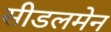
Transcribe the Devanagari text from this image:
सीडलमेन